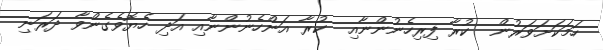
ހަމަކަށަވަރުން  ކުރާ ފިރިހެނުންނާއި  ކުރާ އަންހެނުންނާއި އަދި ހެޔޮވެގެންވާ ދަރަނި